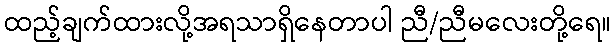
ထည့်ချက်ထားလို့အရသာရှိနေတာပါ ညီ/ညီမလေးတို့ရေ။